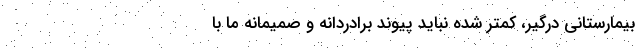
بیمارستانی درگیر، کمتر شده نباید پیوند برادردانه و صمیمانه ما با